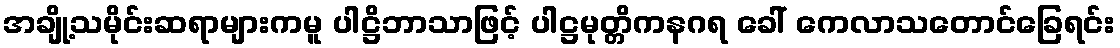
အချို့သမိုင်းဆရာများကမူ ပါဋ္ဌိဘာသာဖြင့် ပါဋ္ဌမုတ္တိကနဂရ ခေါ် ကေလာသတောင်ခြေရင်း